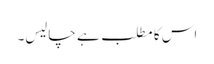
اس کا مطلب ہے چالیس۔